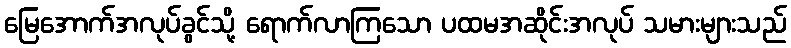
မြေအောက်အလုပ်ခွင်သို့ ရောက်လာကြသော ပထမအဆိုင်းအလုပ် သမားများသည်